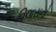
વિલાસનો